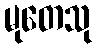
မုတေသု